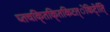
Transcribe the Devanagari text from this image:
घ्तचकि्तकि्तकिटत्ेकिटे्ति्ि